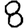
Digit: 8